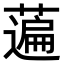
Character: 𦽟